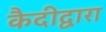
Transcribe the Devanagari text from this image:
कैदीद्वारा